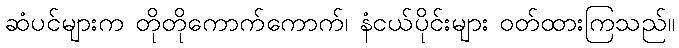
ဆံပင်များက တိုတိုကောက်ကောက်၊ နံငယ်ပိုင်းများ ဝတ်ထားကြသည်။